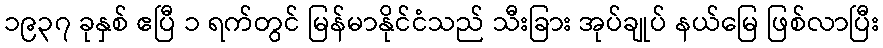
၁၉၃၇ ခုနှစ် ဧပြီ ၁ ရက်တွင် မြန်မာနိုင်ငံသည် သီးခြား အုပ်ချုပ် နယ်မြေ ဖြစ်လာပြီး